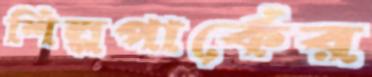
শিল্পপার্কের